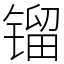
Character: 镏